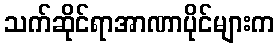
သက်ဆိုင်ရာအာဏာပိုင်များက